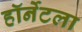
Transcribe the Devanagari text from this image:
हॉर्नेटला